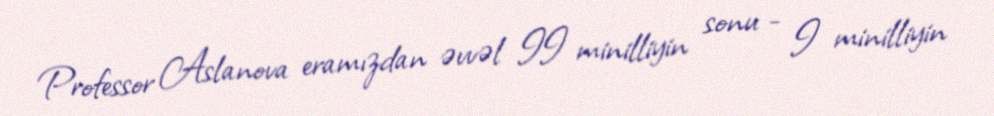
Professor Aslanova eramızdan əvvəl II minilliyin sonu - I minilliyin